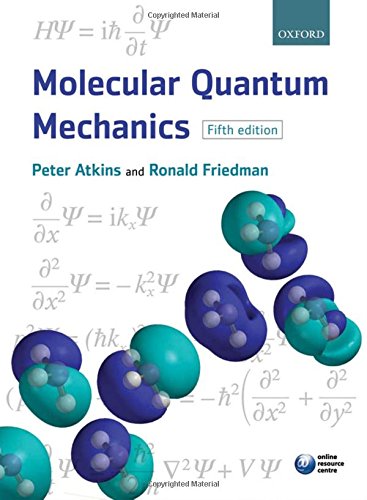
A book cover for Molecular Quantum Mechanics; Peter W. Atkins; Science & Math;